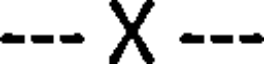
--- X ---